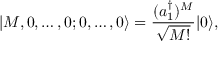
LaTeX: | M , 0 , \ldots , 0 ; 0 , \ldots , 0 \rangle = { \frac { ( a _ { 1 } ^ { \dagger } ) ^ { M } } { \sqrt { M ! } } } | 0 \rangle ,